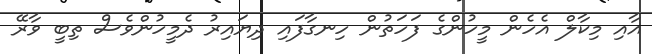
އާއި މިކާލް އެހެން މީހުންގެ ފަހަތުން ހިނގާފައި ދިޔައިރު ދެމީހުންވެސް ތިބީ ވާރޭ